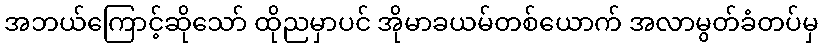
အဘယ်ကြောင့်ဆိုသော် ထိုညမှာပင် အိုမာခယမ်တစ်ယောက် အလာမွတ်ခံတပ်မှ